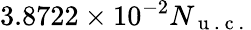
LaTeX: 3.8722\times 10^{-2}N_{\mathrm{~u~.~c~.~}}